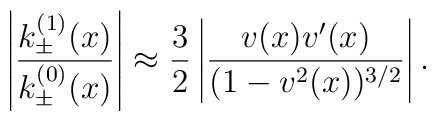
\left| \frac{k^{(1)}_{\pm}(x)}{k^{(0)}_{\pm}(x)} \right| \approx\frac{3}{2} \left| \frac{v(x) v^{\prime}(x)}{(1-v^2(x))^{3/2}} \right|.